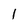
Character: 1